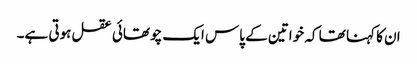
ان کا کہنا تھا کہ خواتین کے پاس ایک چوتھائی عقل ہوتی ہے۔